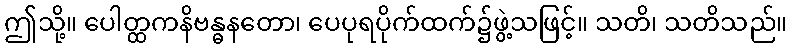
ဤသို့။ ပေါတ္ထကနိဗန္ဓနတော၊ ပေပုရပိုက်ထက်၌ဖွဲ့သဖြင့်။ သတိ၊ သတိသည်။